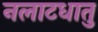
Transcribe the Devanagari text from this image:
नलाटधातु